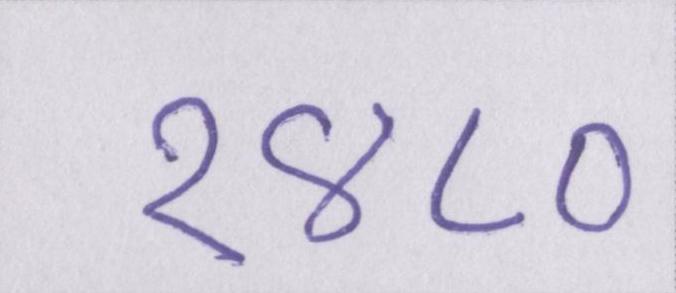
१४८०